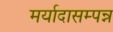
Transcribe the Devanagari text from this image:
मर्यादासम्पन्न